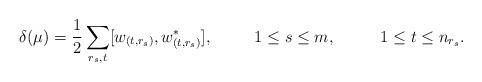
LaTeX: \begin{align*}\delta(\mu)=\frac{1}{2}\sum_{r_s,t}^{} [w_{(t,r_s)},w^*_{(t,r_s)}],\,\,\,\,\,\,\,\,\,\,\,\,\,\,\,1\leq s\leq m ,\,\,\,\,\,\, \,\,\,\,\,\,\,\,\,\,1\leq t\leq n_{r_s}. \end{align*}